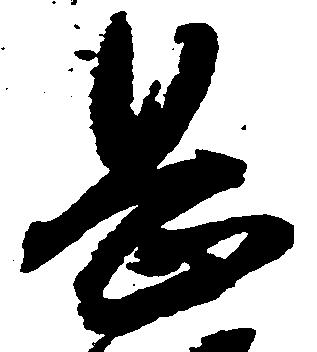
岡